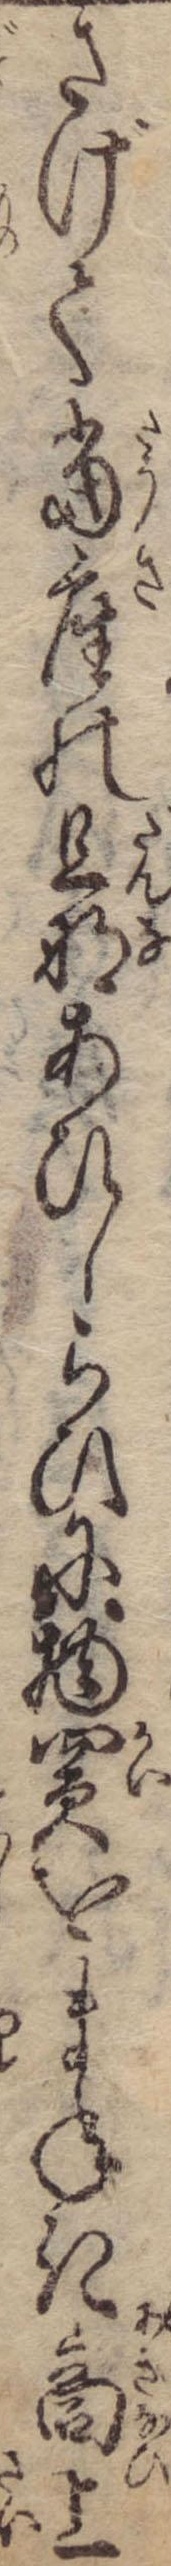
さげて当座の旦那あひしらひに物買をまねき商上